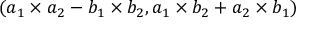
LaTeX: ( a _ { 1 } \times a _ { 2 } - b _ { 1 } \times b _ { 2 } , a _ { 1 } \times b _ { 2 } + a _ { 2 } \times b _ { 1 } )